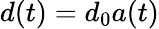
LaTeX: d(t)=d_{0}a(t)